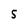
Character: 5